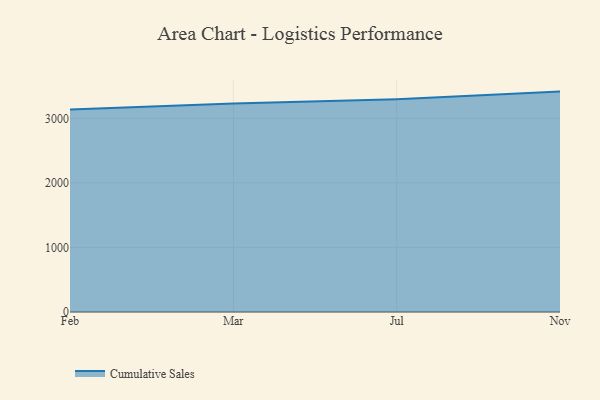
{"axis": {"x": "Month", "y": "Tickets Resolved"}, "legend": ["Cumulative Sales"], "data": [{"x": "Feb", "y": 3137.1, "type": "Cumulative Sales"}, {"x": "Mar", "y": 3228.9, "type": "Cumulative Sales"}, {"x": "Jul", "y": 3295.1, "type": "Cumulative Sales"}, {"x": "Nov", "y": 3414.0, "type": "Cumulative Sales"}]}